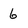
Character: 6